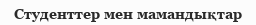
Студенттер мен мамандықтар